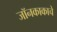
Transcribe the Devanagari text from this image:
जॉनकाकाचे